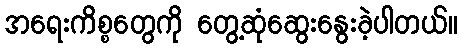
အရေးကိစ္စတွေကို တွေ့ဆုံဆွေးနွေးခဲ့ပါတယ်။